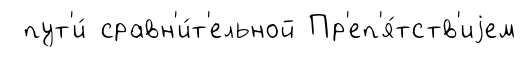
пут'и́ сравн'и́т'ельной Пр'еп'я́тств'иjем